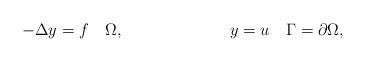
LaTeX: \begin{align*} -\Delta y &= f \quad\Omega, & y &= u \quad\Gamma=\partial\Omega,\end{align*}